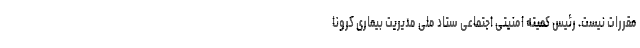
مقررات نیست. رئیس کمیته امنیتی اجتماعی ستاد ملی مدیریت بیماری کرونا